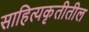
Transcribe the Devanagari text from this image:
साहित्यकृतीतील